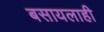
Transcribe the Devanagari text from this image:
बसायलाही